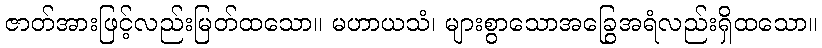
ဇာတ်အားဖြင့်လည်းမြတ်ထသော။ မဟာယသံ၊ များစွာသောအခြွေအရံလည်းရှိထသော။